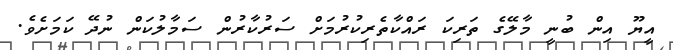
އީޔޫ އިން ބުނީ މާލޭގެ ތަރިކަ ރައްކާތެރިކުރުމަށް ސަރުކާރުން ސަމާލުކަން ނުދޭ ކަމަށެވެ.